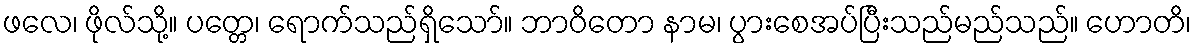
ဖလေ၊ ဖိုလ်သို့။ ပတ္တေ၊ ရောက်သည်ရှိသော်။ ဘာဝိတော နာမ၊ ပွားစေအပ်ပြီးသည်မည်သည်။ ဟောတိ၊